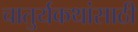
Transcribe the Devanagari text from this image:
चातुर्यकथांसाठी